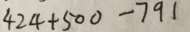
4 2 4 + 5 0 0 - 7 9 1